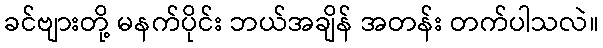
ခင်ဗျားတို့ မနက်ပိုင်း ဘယ်အချိန် အတန်း တက်ပါသလဲ။